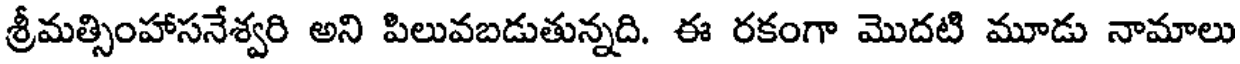
శ్రీమత్సింహాసనేశ్వరి అని పిలువబడుతున్నది. ఈ రకంగా మొదటి మూడు నామాలు